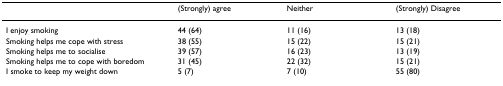
<table><thead><tr><td></td><td><b>(Strongly) agree</b></td><td><b>Neither</b></td><td><b>(Strongly) Disagree</b></td></tr></thead><tbody><tr><td>I enjoy smoking</td><td>44 (64)</td><td>11 (16)</td><td>13 (18)</td></tr><tr><td>Smoking helps me cope with stress</td><td>38 (55)</td><td>15 (22)</td><td>15 (21)</td></tr><tr><td>Smoking helps me to socialise</td><td>39 (57)</td><td>16 (23)</td><td>13 (19)</td></tr><tr><td>Smoking helps me to cope with boredom</td><td>31 (45)</td><td>22 (32)</td><td>15 (21)</td></tr><tr><td>I smoke to keep my weight down</td><td>5 (7)</td><td>7 (10)</td><td>55 (80)</td></tr></tbody></table>